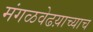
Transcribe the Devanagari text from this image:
मंगळवेढय़ाच्याच